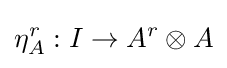
\eta _{A}^{r}:I\to A^{r}\otimes A